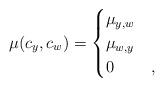
LaTeX: \begin{align*}\mu(c_{y},c_{w}) = \begin{cases} \mu_{y,w} &\\ \mu_{w,y} &\\ 0 &, \end{cases}\end{align*}